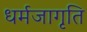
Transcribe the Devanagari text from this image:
धर्मजागृति